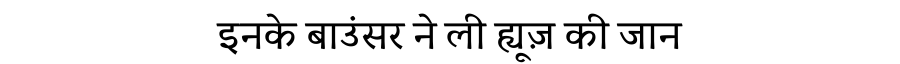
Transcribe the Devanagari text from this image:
इनके बाउंसर ने ली ह्यूज़ की जान